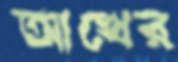
আখের